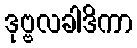
ဒုဗ္ဗလခါဒိကာ